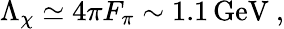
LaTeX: \Lambda_{\chi}\simeq 4\pi F_{\pi}\sim 1.1\, \mathrm{GeV}\ ,